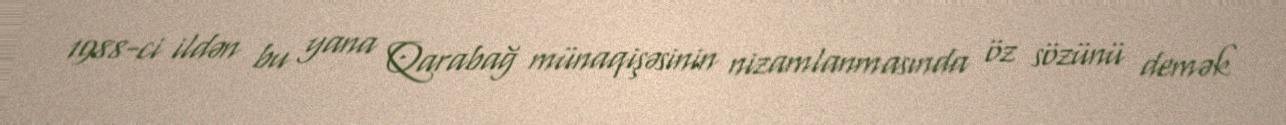
1988-ci ildən bu yana Qarabağ münaqişəsinin nizamlanmasında öz sözünü demək